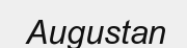
Augustan